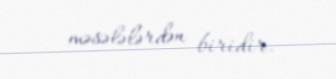
məsələlərdən biridir.